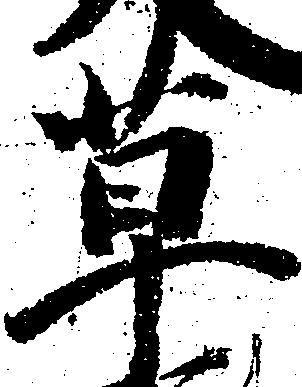
草